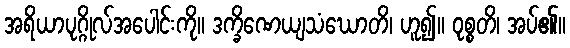
အရိယာပုဂ္ဂိုလ်အပေါင်းကို။ ဒက္ခိဏေယျသံဃောတိ၊ ဟူ၍။ ဝုစ္စတိ၊ အပ်၏။